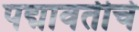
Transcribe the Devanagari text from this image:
पद्मावतीचे